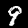
Digit: 9